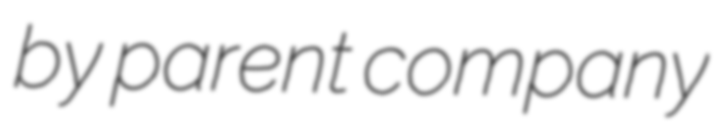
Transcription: by parent company